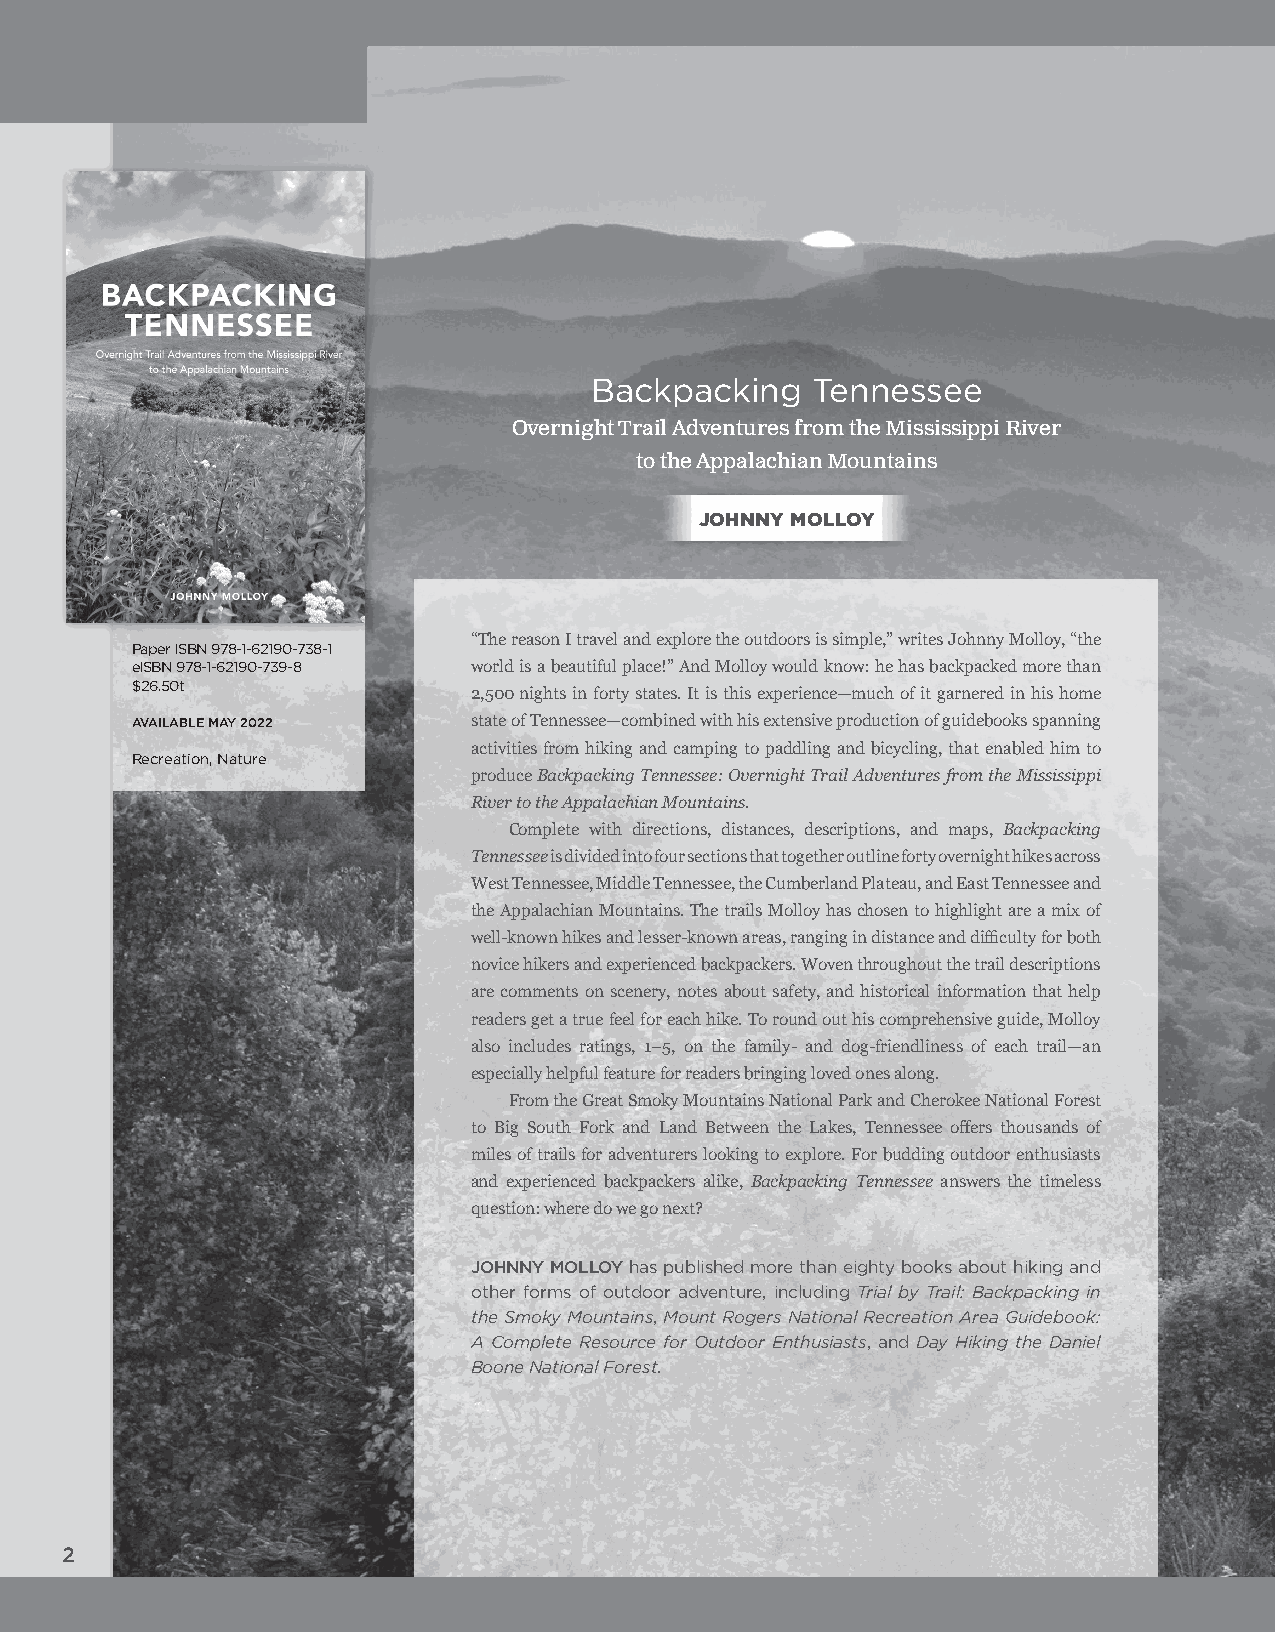
Order online at utpress.org
 or call 800-621-2736
 Backpacking    Tennessee
 Overnight Trail Adventures from the Mississippi River
 to the Appalachian Mountains
 JOHNNY MOLLOY
 “The reason I travel and explore the outdoors is simple,” writes Johnny Molloy, “the
 Paper ISBN 978-1-62190-738-1
 eISBN 978-1-62190-739-8 world is a beautiful place!” And Molloy would know: he has backpacked more than
 $26.50t
 2,500 nights in forty states. It is this experience—much of it garnered in his home
 AVAILABLE MAY 2022    state of Tennessee—combined with his extensive production of guidebooks spanning
 activities from hiking and camping to paddling and bicycling, that enabled him to
 Recreation, Nature
 produce Backpacking Tennessee: Overnight Trail Adventures from the Mississippi
 River to the Appalachian Mountains.
 Complete with directions, distances, descriptions, and maps, Backpacking
 Tennessee is divided into four sections that together outline forty overnight hikes across
 West Tennessee, Middle Tennessee, the Cumberland Plateau, and East Tennessee and
 the Appalachian Mountains. The trails Molloy has chosen to highlight are a mix of
 well-known hikes and lesser-known areas, ranging in distance and difficulty for both
 novice hikers and experienced backpackers. Woven throughout the trail descriptions
 are comments on scenery, notes about safety, and historical information that help
 readers get a true feel for each hike. To round out his comprehensive guide, Molloy
 also includes ratings, 1–5, on the family- and dog-friendliness of each trail—an
 especially helpful feature for readers bringing loved ones along.
 From the Great Smoky Mountains National Park and Cherokee National Forest
 to Big South Fork and Land Between the Lakes, Tennessee offers thousands of
 miles of trails for adventurers looking to explore. For budding outdoor enthusiasts
 and experienced backpackers alike, Backpacking Tennessee answers the timeless
 question: where do we go next?
 JOHNNY MOLLOY has published more than eighty books about hiking and
 other forms of outdoor adventure, including Trial by Trail: Backpacking in
 the Smoky Mountains, Mount Rogers National Recreation Area Guidebook:
 A Complete Resource for Outdoor Enthusiasts, and Day Hiking the Daniel
 Boone National Forest.
 2